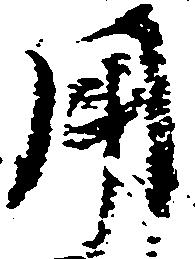
用